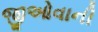
જીઓવાની